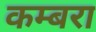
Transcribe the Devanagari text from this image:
कम्बरा